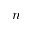
n